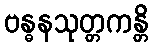
ဗန္ဓနသုတ္တကန္တိ